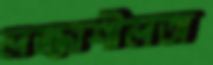
লজ্জাশীলতা